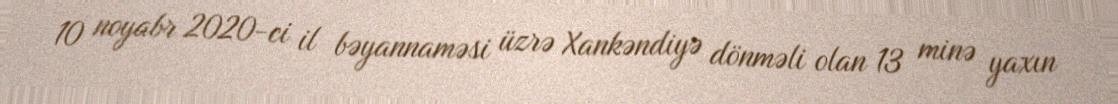
10 noyabr 2020-ci il bəyannaməsi üzrə Xankəndiyə dönməli olan 13 minə yaxın